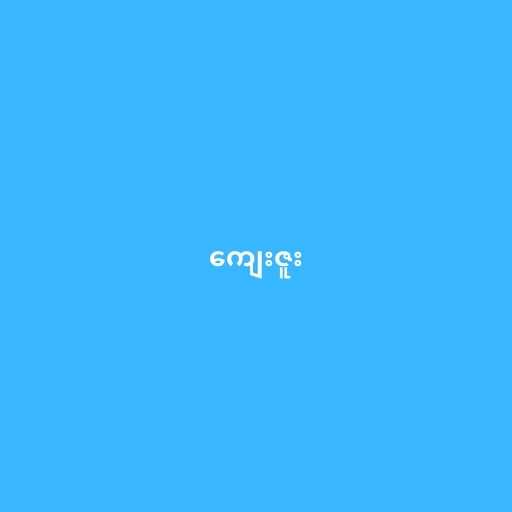
ကျေးဇူး